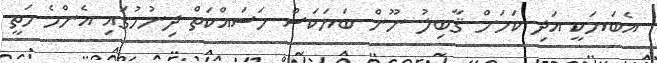
އެބަޔަކީ އަދި ކަމަށް ޤާބިލު ނޫން ބަޔަކަސް މަސައްކަތް ދިނުމުގައި އެންމެ މަތީ